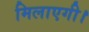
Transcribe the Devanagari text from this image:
मिलाएगी।